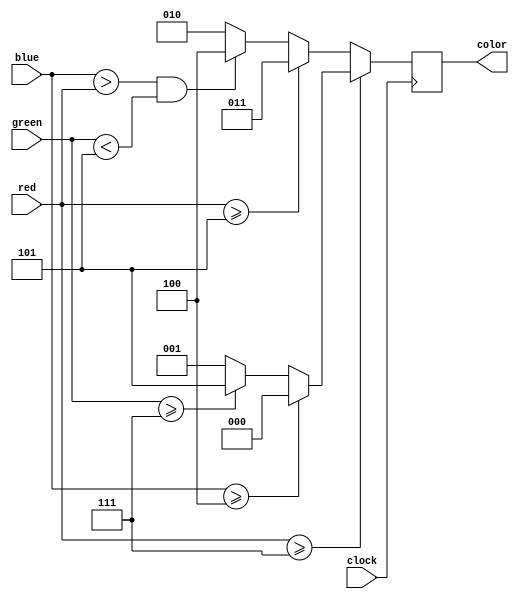
`timescale 1ns / 1ps
//////////////////////////////////////////////////////////////////////////////////
// Company: 
// Engineer: 
// 
// Design Name: 
// Module Name: color_reader
// Project Name: 
// Target Devices: 
// Tool Versions: 
// Description: 
// 
// Dependencies: 
// 
// Revision:
// Revision 0.01 - File Created
// Additional Comments:
// 
//////////////////////////////////////////////////////////////////////////////////


module color_reader(
    input clock,
    input [7:0] red,
    input [7:0] green,
    input [7:0] blue,
    output reg [2:0] color
    );
    
    parameter W = 3'd0;
    parameter O = 3'd1;
    parameter G = 3'd2;
    parameter Red = 3'd3;
    parameter Blue = 3'd4;
    parameter Y = 3'd5;
    
    always @(posedge clock)begin
        if(red >= 8'h7)begin // W,O,Y
            if(blue >= 8'h4)begin
                color <= W;
            end else if(green >= 8'h7)begin
                color <= Y;
            end else begin
                color <= O;
            end
        end else begin // R,G,B
            if(red >= 8'h5)begin
                color <= Red;
            end else if((blue > red) && (green < 8'h5))begin
                color <= Blue;
            end else begin
                color <= G;
            end
        end
    end
    
endmodule